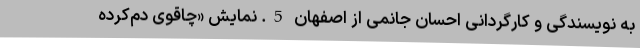
به نویسندگی و کارگردانی احسان جانمی از اصفهان 5. نمایش «چاقوی دم‌کرده